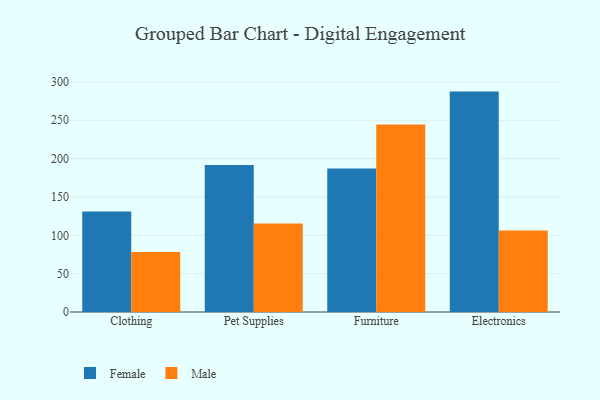
{"axis": {"x": "Category", "y": "Temperature (°C)"}, "legend": ["Female", "Male"], "data": [{"x": "Clothing", "y": 130.9, "type": "Female"}, {"x": "Clothing", "y": 78.3, "type": "Male"}, {"x": "Pet Supplies", "y": 191.7, "type": "Female"}, {"x": "Pet Supplies", "y": 115.3, "type": "Male"}, {"x": "Furniture", "y": 187.0, "type": "Female"}, {"x": "Furniture", "y": 244.6, "type": "Male"}, {"x": "Electronics", "y": 287.4, "type": "Female"}, {"x": "Electronics", "y": 106.4, "type": "Male"}]}